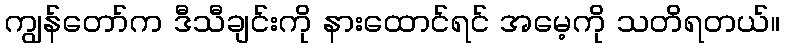
ကျွန်တော်က ဒီသီချင်းကို နားထောင်ရင် အမေ့ကို သတိရတယ်။